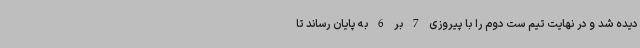
دیده شد و در نهایت تیم ست دوم را با پیروزی 7 بر 6 به پایان رساند تا